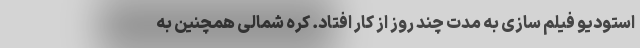
استودیو فیلم سازی به مدت چند روز از کار افتاد. کره شمالی همچنین به